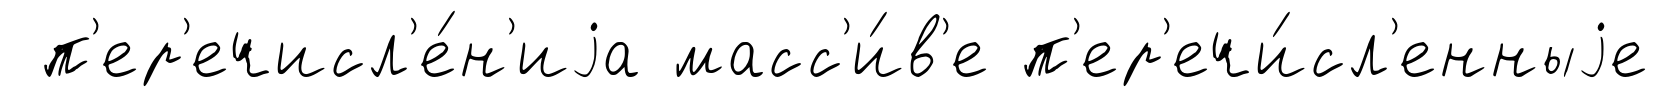
п'ер'ечисл'е́н'иjа масс'и́в'е п'ер'ечи́сл'енныjе